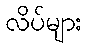
လိပ်များ